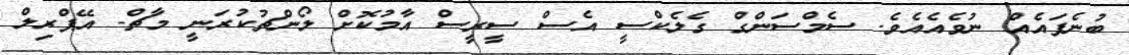
ބުނެފައެއް ނުވެއެއެވެ. ސެމްސަންގް ގެލެކްސީ އެސް ސީރީސް އާމުކޮށް ލޯންޗުކުރަނީ މާޗް- އޭޕްރިލް